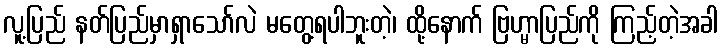
လူ့ပြည် နတ်ပြည်မှာရှာသော်လဲ မတွေ့ရပါဘူးတဲ့၊ ထို့နောက် ဗြဟ္မာပြည်ကို ကြည့်တဲ့အခါ